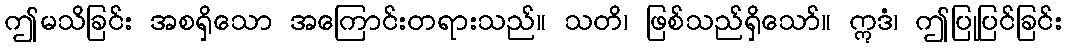
ဤမသိခြင်း အစရှိသော အကြောင်းတရားသည်။ သတိ၊ ဖြစ်သည်ရှိသော်။ ဣဒံ၊ ဤပြုပြင်ခြင်း